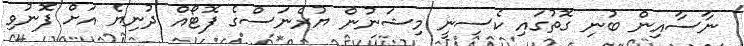
ނާސާއިން ބުނި ގޮތުގައި ކެސިނީ މިޝަނުން ޔުރެނަސްގެ ފޮޓޯއް ދުނިޔެ އަށް ފޮނުވި